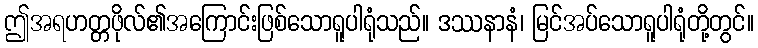
ဤအရဟတ္တဖိုလ်၏အကြောင်းဖြစ်သောရူပါရုံသည်။ ဒဿနာနံ၊ မြင်အပ်သောရူပါရုံတို့တွင်။